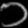
Digit: ၁